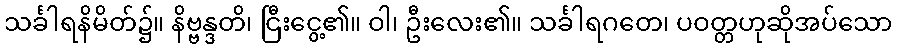
သင်္ခါရနိမိတ်၌။ နိဗ္ဗန္ဒတိ၊ ငြီးငွေ့၏။ ဝါ၊ ဦးလေး၏။ သင်္ခါရဂတေ၊ ပဝတ္တဟုဆိုအပ်သော